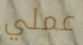
عملي